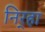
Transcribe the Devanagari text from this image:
निर्‍हा